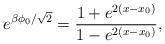
LaTeX: \begin{align*}e^{\beta \phi_{0}/\sqrt{2}}=\frac{1+e^{2(x-x_{0})}}{1-e^{2(x-x_{0})}},\end{align*}